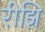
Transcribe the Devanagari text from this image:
रीझि